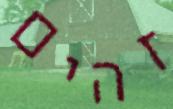
זהים